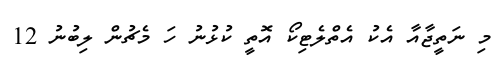
މި ނަތީޖާއާ އެކު އެތްލެޓިކޯ އޮތީ ކުޅުނު ހަ މެޗުން ލިބުނު 12